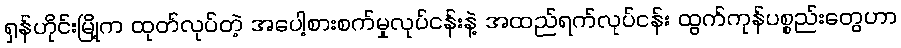
ရှန်ဟိုင်းမြို့က ထုတ်လုပ်တဲ့ အပေါ့စားစက်မှုလုပ်ငန်းနဲ့ အထည်ရက်လုပ်ငန်း ထွက်ကုန်ပစ္စည်းတွေဟာ